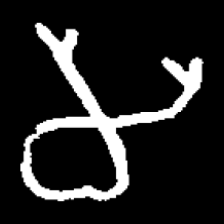
Pyu character \u2014 Myanmar letter: မ (romanized: ma)